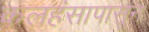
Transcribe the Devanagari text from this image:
कलहंसापासून